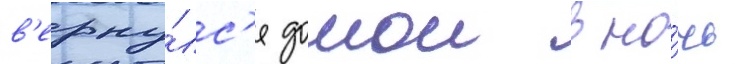
в'ерну́лс'я домои в но́чь